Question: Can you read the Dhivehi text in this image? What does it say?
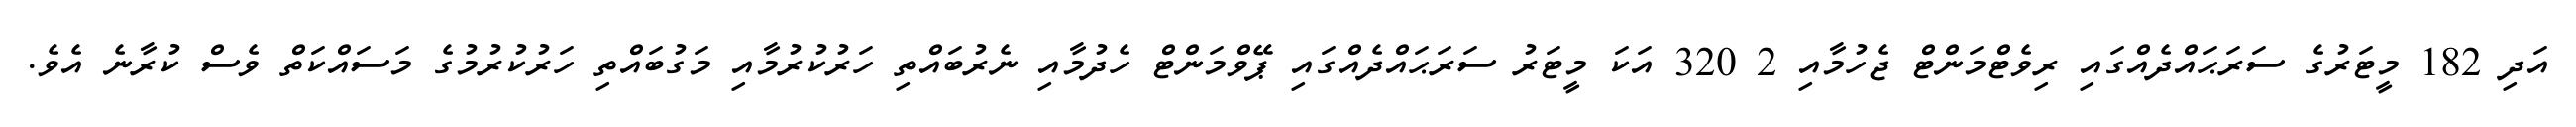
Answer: އަދި 182 މީޓަރުގެ ސަރަޙައްދެއްގައި ރިވެޓްމަންޓް ޖެހުމާއި 2 320 އަކަ މީޓަރު ސަރަޙައްދެއްގައި ޕޭވްމަންޓް ހެދުމާއި ނެރުބައްތި ހަރުކުރުމާއި މަގުބައްތި ހަރުކުރުމުގެ މަސައްކަތް ވެސް ކުރާނެ އެވެ.